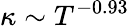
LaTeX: \kappa\sim T^{-0.93}